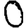
Digit: 0